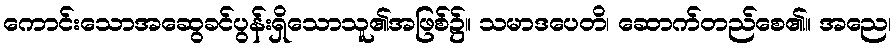
ကောင်းသောအဆွေခင်ပွန်းရှိသောသူ၏အဖြစ်၌။ သမာဒပေတိ၊ ဆောက်တည်စေ၏။ အညေ၊